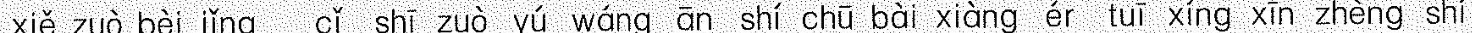
xiě zuò bèi jǐng cǐ shī zuò yú wáng ān shí chū bài xiàng ér tuī xíng xīn zhèng shí